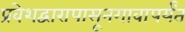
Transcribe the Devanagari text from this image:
प्रवेशद्वारापासूनगावापर्यंत